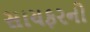
સાયફરનો